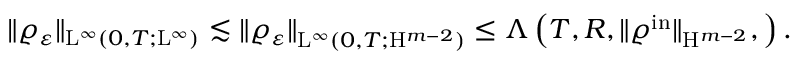
\begin{array} { r } { \Vert \varrho _ { \varepsilon } \Vert _ { \mathrm { L } ^ { \infty } ( 0 , T ; \mathrm { L } ^ { \infty } ) } \lesssim \Vert \varrho _ { \varepsilon } \Vert _ { \mathrm { L } ^ { \infty } ( 0 , T ; \mathrm { H } ^ { m - 2 } ) } \leq \Lambda \left( T , R , \Vert \varrho ^ { \mathrm { i n } } \Vert _ { \mathrm { H } ^ { m - 2 } } , \right) . } \end{array}